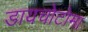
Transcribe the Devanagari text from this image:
डायचोटोमा